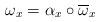
LaTeX: \begin{align*} \omega_x = \alpha_x \circ \overline{\omega}_x\end{align*}